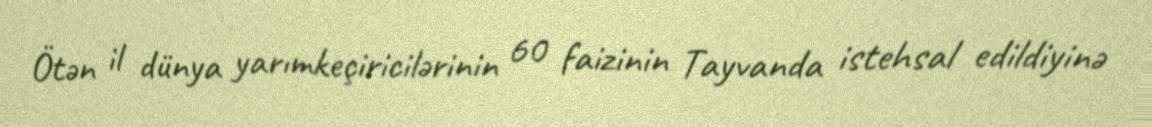
Ötən il dünya yarımkeçiricilərinin 60 faizinin Tayvanda istehsal edildiyinə